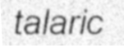
talaric